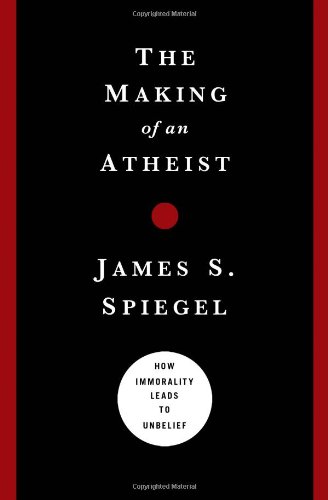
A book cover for The Making of an Atheist: How Immorality Leads to Unbelief; James S. Spiegel; Religion & Spirituality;